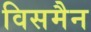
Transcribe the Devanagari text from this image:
विसमैन